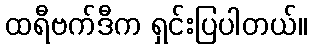
ထရီဗက်ဒီက ရှင်းပြပါတယ်။